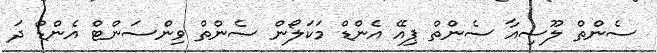
ސެންތް ލޫސިއާ ސެންތް ޕިއޭ އެންޑް މަކަލޯން ސެންތް ވިންސަންޓް އެންޑް ދަ